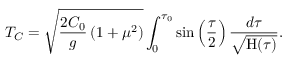
T _ { C } = \sqrt { \frac { 2 C _ { 0 } } { g } \left( { 1 + \mu ^ { 2 } } \right) } \int _ { 0 } ^ { \tau _ { 0 } } { \sin \left( { \frac { \tau } { 2 } } \right) \frac { d \tau } { \sqrt { \mathrm { H } ( \tau ) } } } .